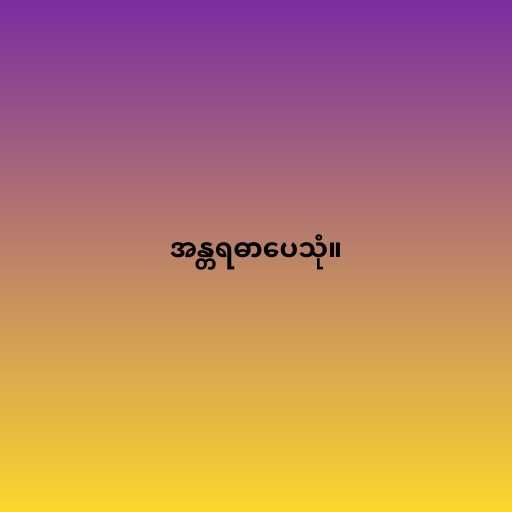
အန္တရဓာပေသုံ။